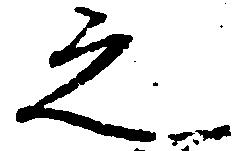
之